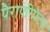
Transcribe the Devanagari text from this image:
पैरापेरिपैटस